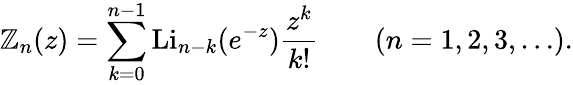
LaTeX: \mathbb{Z}_{n}(z)=\sum_{k=0}^{n-1}\operatorname{Li}_{n-k}(e^{-z}){\frac{{z^{k}}}{{k!}}}\qquad(n=1,2,3,\ldots).